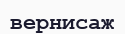
вернисаж